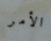
الأمر